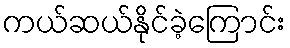
ကယ်ဆယ်နိုင်ခဲ့ကြောင်း